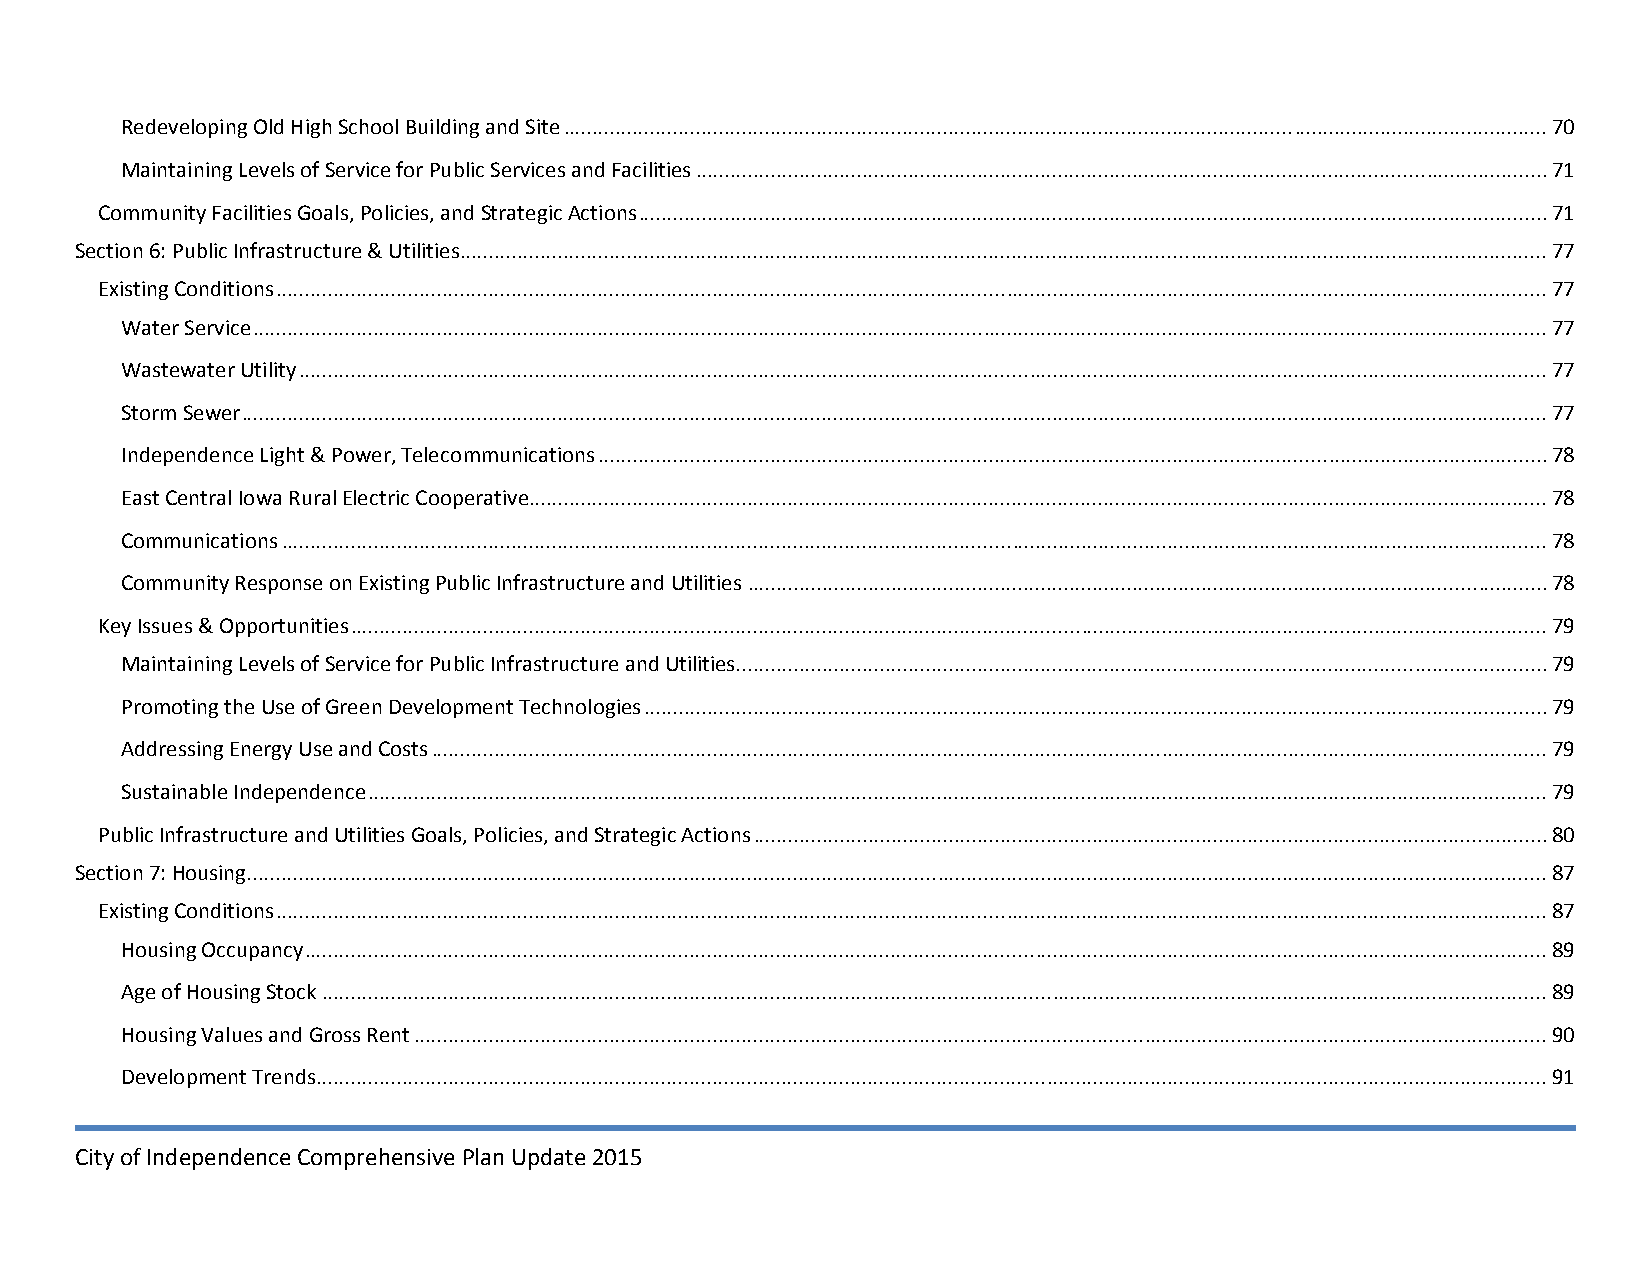
Redeveloping Old High School Building and Site ........................................................................................................................................................................... 70
 Maintaining Levels of Service for Public Services and Facilities .................................................................................................................................................... 71
 Community Facilities Goals, Policies, and Strategic Actions .............................................................................................................................................................. 71
 Section 6: Public Infrastructure & Utilities ............................................................................................................................................................................................. 77
 Existing Conditions ............................................................................................................................................................................................................................. 77
 Water Service ................................................................................................................................................................................................................................. 77
 Wastewater Utility ......................................................................................................................................................................................................................... 77
 Storm Sewer ................................................................................................................................................................................................................................... 77
 Independence Light & Power, Telecommunications ..................................................................................................................................................................... 78
 East Central Iowa Rural Electric Cooperative ................................................................................................................................................................................. 78
 Communications ............................................................................................................................................................................................................................ 78
 Community Response on Existing Public Infrastructure and Utilities ........................................................................................................................................... 78
 Key Issues & Opportunities ................................................................................................................................................................................................................ 79
 Maintaining Levels of Service for Public Infrastructure and Utilities............................................................................................................................................. 79
 Promoting the Use of Green Development Technologies ............................................................................................................................................................. 79
 Addressing Energy Use and Costs .................................................................................................................................................................................................. 79
 Sustainable Independence ............................................................................................................................................................................................................. 79
 Public Infrastructure and Utilities Goals, Policies, and Strategic Actions .......................................................................................................................................... 80
 Section 7: Housing.................................................................................................................................................................................................................................. 87
 Existing Conditions ............................................................................................................................................................................................................................. 87
 Housing Occupancy ........................................................................................................................................................................................................................ 89
 Age of Housing Stock ..................................................................................................................................................................................................................... 89
 Housing Values and Gross Rent ..................................................................................................................................................................................................... 90
 Development Trends ...................................................................................................................................................................................................................... 91
 City of Independence Comprehensive Plan Update 2015